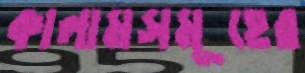
কালামসমূহের